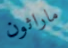
ماراثون